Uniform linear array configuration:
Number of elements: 4
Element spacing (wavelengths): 0.75
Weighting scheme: cosine
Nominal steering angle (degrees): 0
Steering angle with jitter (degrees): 0.1708
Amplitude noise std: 0.05
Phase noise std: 0.05

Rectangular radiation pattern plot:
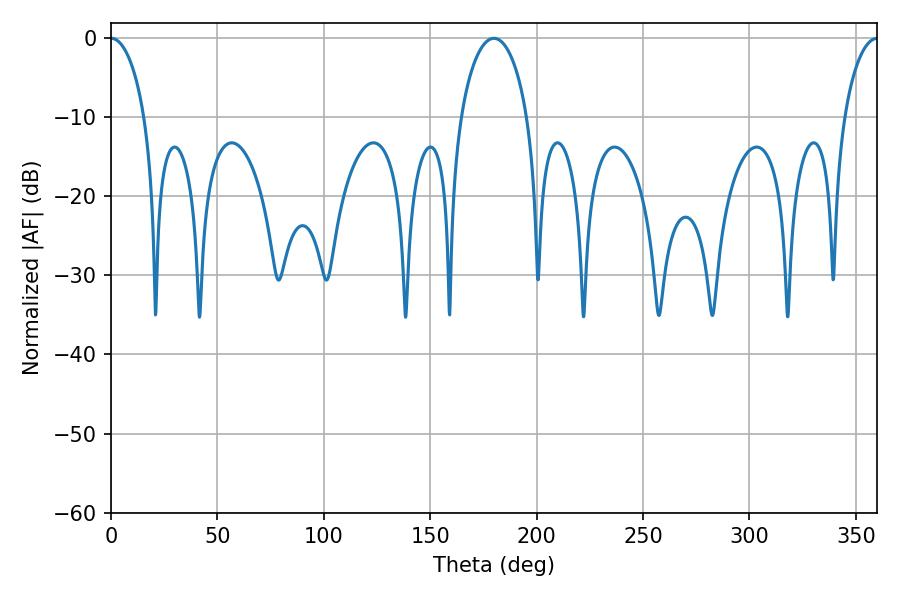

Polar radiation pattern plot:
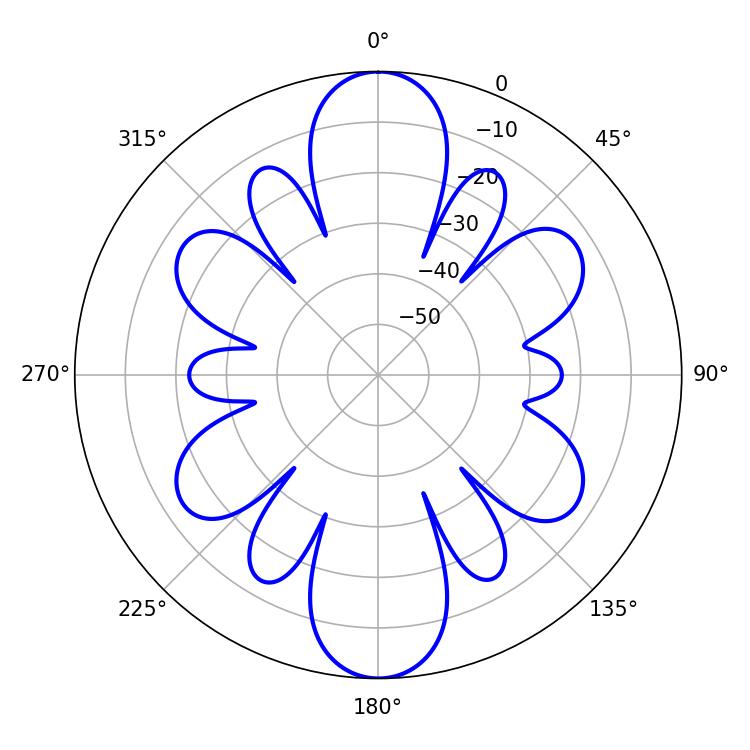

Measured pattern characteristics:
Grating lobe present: TRUE
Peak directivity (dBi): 27.935
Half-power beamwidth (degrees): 9.18
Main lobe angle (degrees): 0